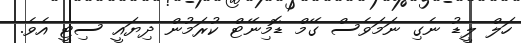
ހަލް ލީޑު ނެގި ނަމަވެސް ގޭމް ޑޮމިނޭޓް ކުރަމުން ދިޔައީ ސިޓީ އެވެ.